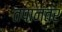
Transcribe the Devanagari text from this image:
तपानंतर